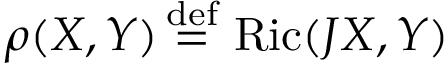
\rho ( X , Y ) \, { \stackrel { \mathrm { d e f } } { = } } \, \operatorname { R i c } ( J X , Y )